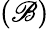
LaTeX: (\mathscr{B})